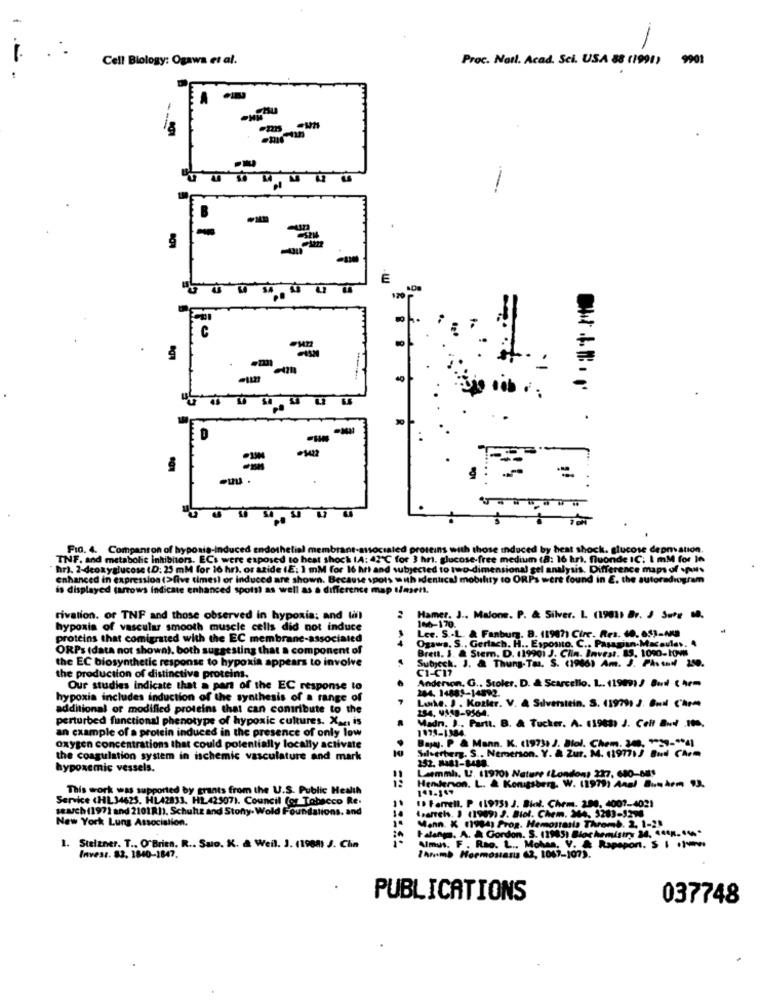
Cell Biology: Ogawa et al.
Proc. Natl. Acad. Sci. USA 88 (1991) 9901
-
E
120
C
7:
.
-
FIG. 4. Companton of hypoais-induced endothelial membrant
seins with those induc
ed by heat shock. glucose depmation
TNF. and metabolic inhibitors. ECs were exposed to heat shock IA: 42 ℃ for 3 hr. glucose-free medium (8: 16 hr). fluonde IC: I mM for In
hr). 2-deoxyglucose (D. 25 mM for 16 hr), or azide (E; 1 mM for 16 hrt and subjected to two-dimensional gel analysis. Difference maps of us
enhanced in expression (>five timesl or induced are shown. Because spots
th identical mobility to ORPs wert found in E. the autoradiogram
is displayed (arrows indicate enhanced spots) as well as a difference map tiasent.
rivation. of TNF and those observed in hypoxia; and (ifl
Hamer. J ., Malone. P. & Silver. L. (1961) Dr. J Sure M.
hypoxia of vascular smooth muscle cells did not induce
106-170.
proteins that comigrated with the EC membrane-associated
Lee. S .. L. & Fanburg. 8. 11987) Circ. Res. 60. 653-A
Ozawa, S .. Gerlach. H .. Esposto. C ., Pasagiun.Macaules. 4
ORPs (data not shown), both suggesting that a component of
Brett. 1. & Stem. D. (1990) J. Ciin. Invest. 83. 1000-1OV
the EC biosynthetic response to hypoxia appears to involve
C1-C17
Subjeck. J. & Thung-Taa. S. (1966) Am. J. Phs und 250.
the production of distinctive proteins.
Our studies indicate that a part of the EC response to
Anderson, G ., Stoler. D. & Scarcello. L. (1999) ? Budl ( hem
244, 14885-14892.
hypoxia includes induction of the synthesis of a range of
additional or modified proteins that can contribute to the
Luke. J . Kozier. V. & Silverstein. S. (19791 3. 6.dl Chrm
perturbed functional phenotype of hypoxic cultures. Xar, is
234, 9149-9564.
Madn. J ., Partt. B. & Tucker. A. (1983) J. Celf a.d .100.
an example of a protein induced in the presence of only low
1074-1384.
Bayyy. P & Mann. K. (1973, J. Blol. Chem. 34, "51-941
oxygen concentrations that could potentially locally activate
Silverberg. S ., Nemerson. Y. & Zur. M. 119771) Bud Chem
the coagulation system in ischemic vasculature and mark
hypoxemic vessels.
Laemmh. L. 119701 Nature (London, 227, 680-881
This work was supported by grants from the U.S. Public Health
Henderson. L. & Kongsberg. W. 11979) Anal ..... m 93.
Service (HL34625. HL42833. HL.42507). Council for Tobacco Re.
1 Farrell. P (1975) J. Bil. Chem. 290, 4001-4021
search(197] and 2101811. Schuhz and Stony. Wold Foundations. and
New York Lung Association.
(parrets. ) (1969) J. Biol. Chem. 344, 3283-1274
Mann. X 19pas Prog. Hemostasia Thromb. 2, 1-21
Falangs. A. À Gordon. S. (1985) Biochemistry 34, 1448. "4%*
1. Stelzner. T ., O"Brien. R .. Salo. K. & Weil. 3. (1988) J. Clin
F . Rao. L ., Mohaa, V. & Rapapon. S I .).
Invest. 82. 1840-1847.
Inmomb Hormostanis (2, 1047-107).
PUBLICATIONS
037748